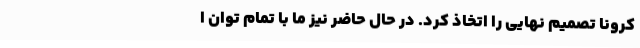
کرونا تصمیم نهایی را اتخاذ کرد. در حال حاضر نیز ما با تمام توان ا